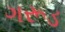
ગરૂડ